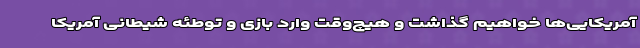
آمریکایی‌ها خواهیم گذاشت و هیچ‌وقت وارد بازی و توطئه شیطانی آمریکا